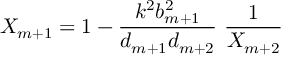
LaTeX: X _ { m + 1 } = 1 - { \frac { k ^ { 2 } b _ { m + 1 } ^ { 2 } } { d _ { m + 1 } d _ { m + 2 } } } \ { \frac { 1 } { X _ { m + 2 } } }